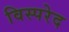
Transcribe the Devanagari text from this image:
विस्परेद